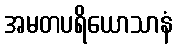
အမတပရိယောသာနံ